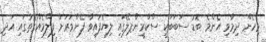
މިހެން ދިމާވި އެންމެ ބޮޑު ސަބަބަކީ ސްކްރީންޕލޭގައި ލިޔެފައިވާ ފެންވަރަށް ފިލްމެއްގޮތުގައި އަދި